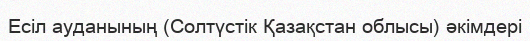
Есіл ауданының (Солтүстік Қазақстан облысы) әкімдері